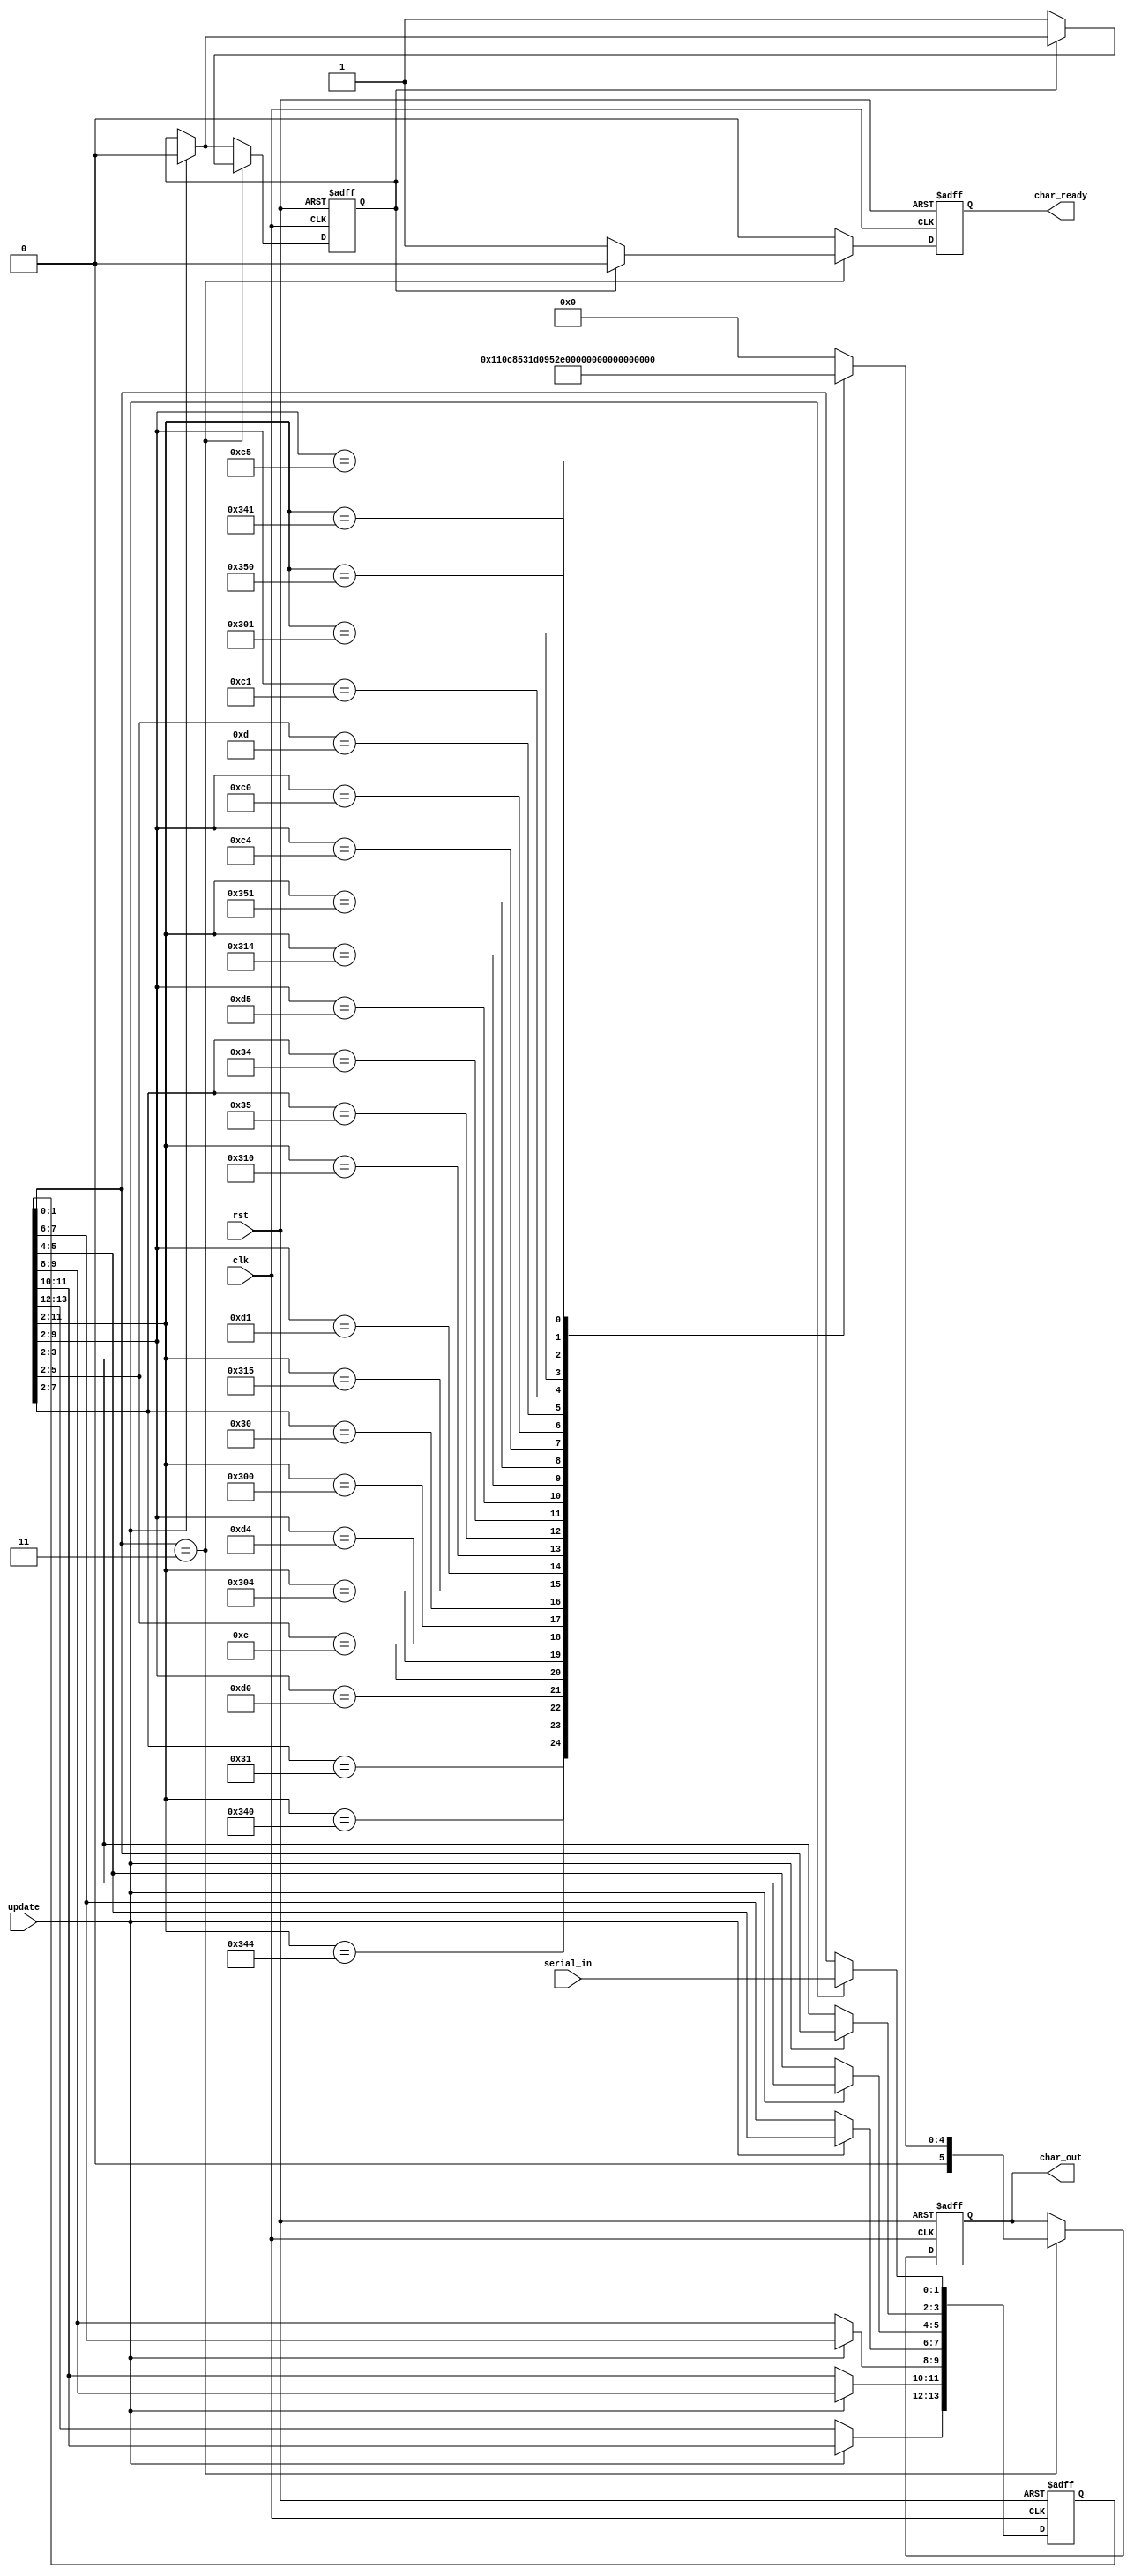
`timescale 1ns / 1ps



module Morse_Processor(

input [1:0] serial_in,
input update, // determines when the coming input will be processed and sent out
         // should use out_ready output of the input processor module
input rst,
input clk,
output reg [5:0] char_out, // number of characters needed (with/ without punctuation) = [36, 52] => 6 bits necessary
output reg char_ready
    );
    
    
    reg [13:0] morse_sequence;
    
    reg char_ready_lit_once;
    
     /** 
         00 - dot
         01 - dash
         11 - short space
     */
    
    always@(posedge clk or posedge rst) begin
    
        if (rst) begin
        
            morse_sequence <= 14'b0000_0000_0000_11;
            char_out <= 6'b0;
            char_ready_lit_once <= 0;
            char_ready <= 0;
        
        end
        else if (clk) begin
        
            if (update) begin
            
                morse_sequence[13:12] <= morse_sequence[11:10];
                morse_sequence[11:10] <= morse_sequence[9:8];
                morse_sequence[9:8] <= morse_sequence[7:6];
                morse_sequence[7:6] <= morse_sequence[5:4];
                morse_sequence[5:4] <= morse_sequence[3:2];
                morse_sequence[3:2] <= morse_sequence[1:0];           
                morse_sequence[1:0] <= serial_in; // record the newest entry
                
                char_ready_lit_once <= 0;
            
            end               
            else begin // else update
                    ;
            end
            
            if (morse_sequence[1:0] == 2'b11) begin // short space is the delimiting character for a sequence of morse primitives (dash / dot) which make up a letter
            
                casex (morse_sequence[13:2]) // last two bits will contain the delimiting character --> no need to do extra checks here
                
                    12'b????_??11_0001 : char_out <= 6'b000_001; // A
                    12'b??11_0100_0000 : char_out <= 6'b000_010; // B
                    12'b??11_0100_0100 : char_out <= 6'b000_011; // C
                    12'b????_1101_0000 : char_out <= 6'b000_100; // D
                    12'b????_????_1100 : char_out <= 6'b000_101; // E
                    12'b??11_0000_0100 : char_out <= 6'b000_110; // F                    
                    12'b????_1101_0100 : char_out <= 6'b000_111; // G
                    12'b??11_0000_0000 : char_out <= 6'b001_000; // H
                    12'b????_??11_0000 : char_out <= 6'b001_001; // I
                    12'b??11_0001_0101 : char_out <= 6'b001_010; // J
                    12'b????_1101_0001 : char_out <= 6'b001_011; // K
                    12'b??11_0001_0000 : char_out <= 6'b001_100; // L
                    12'b????_??11_0101 : char_out <= 6'b001_101; // M
                    12'b????_??11_0100 : char_out <= 6'b001_110; // N
                    12'b????_1101_0101 : char_out <= 6'b001_111; // O
                    12'b??11_0001_0100 : char_out <= 6'b010_000; // P
                    12'b??11_0101_0001 : char_out <= 6'b010_001; // Q
                    12'b????_1100_0100 : char_out <= 6'b010_010; // R
                    12'b????_1100_0000 : char_out <= 6'b010_011; // S
                    12'b????_????_1101 : char_out <= 6'b010_100; // T
                    12'b????_1100_0001 : char_out <= 6'b010_101; // U
                    12'b??11_0000_0001 : char_out <= 6'b010_110; // V
                    12'b????_1100_0101 : char_out <= 6'b010_111; // W
                    12'b??11_0100_0001 : char_out <= 6'b011_000; // X
                    12'b??11_0101_0001 : char_out <= 6'b011_001; // Y
                    12'b??11_0101_0000 : char_out <= 6'b011_010; // Z
                    default : char_out <= 6'b0; // default output: 0
                    
                endcase
            
                if (~char_ready_lit_once) begin
                    char_ready <= 1;
                    char_ready_lit_once <= 1;
                end
                else begin
                    char_ready <= 0;
                end
                /** SOLVED!:::ERROR HERE!!! --> FIND A WAY TO MAKE SURE THAT CHAR_READY IS DRIVEN HIGH ONLY ONCE PER NEW MEANINGFUL VALUE AT THE STORAGE 
                                        AND FOR ONE CLK CYCLE ONLY!!!
                                        
                                        IF WE DON'T IMPLEMENT THIS: WE'LL HAVE TO MODIFY THE DEFAULT CASE UNDER THE SWITCH STATEMENT ABOVE TO DRIVE CHAR_READY LOW 
                                            --> THEN HOW WILL THE SSD DEC MODULE KNOW THAT IT IS ON WAIT
                                                --> NOT IMPLEMENTING THIS WILL RESULT IN MORE ELEABORATE CODE!!!                                        
                */
            
            
            end
            else begin // else last two digits check
            
                char_out <= char_out;
                char_ready <= 0;
            
            end
            
        
        end 
        else begin // else (rst)
            ;
        end
    
    
    
    end
    
    
    
endmodule